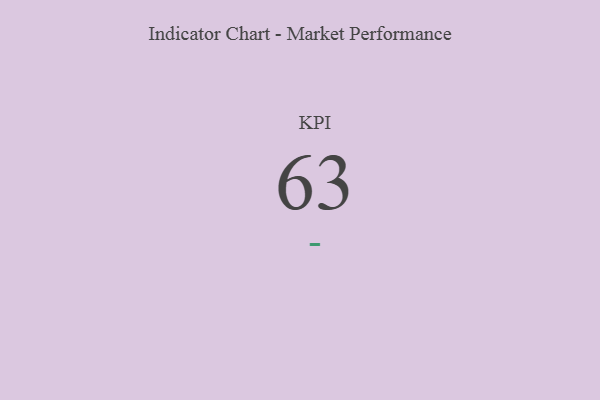
{"axis": {"x": "KPI", "y": "Value"}, "legend": [""], "data": [{"x": "KPI", "y": 63, "type": ""}]}